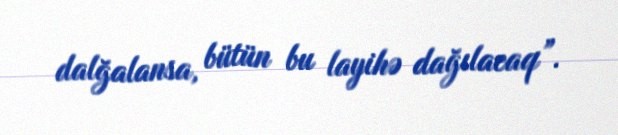
dalğalansa, bütün bu layihə dağılacaq”.